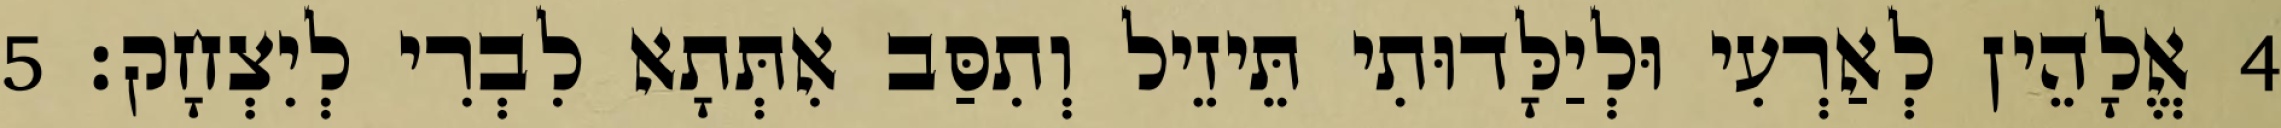
4 אֱלָהֵין לְאַרְעִי וּלְיַלָּדוּתִי תֵּיזֵיל וְתִסַּב אִתְּתָא לִבְרִי לְיִצְחָק׃ 5